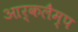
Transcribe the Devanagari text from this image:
आर्कलैम्प